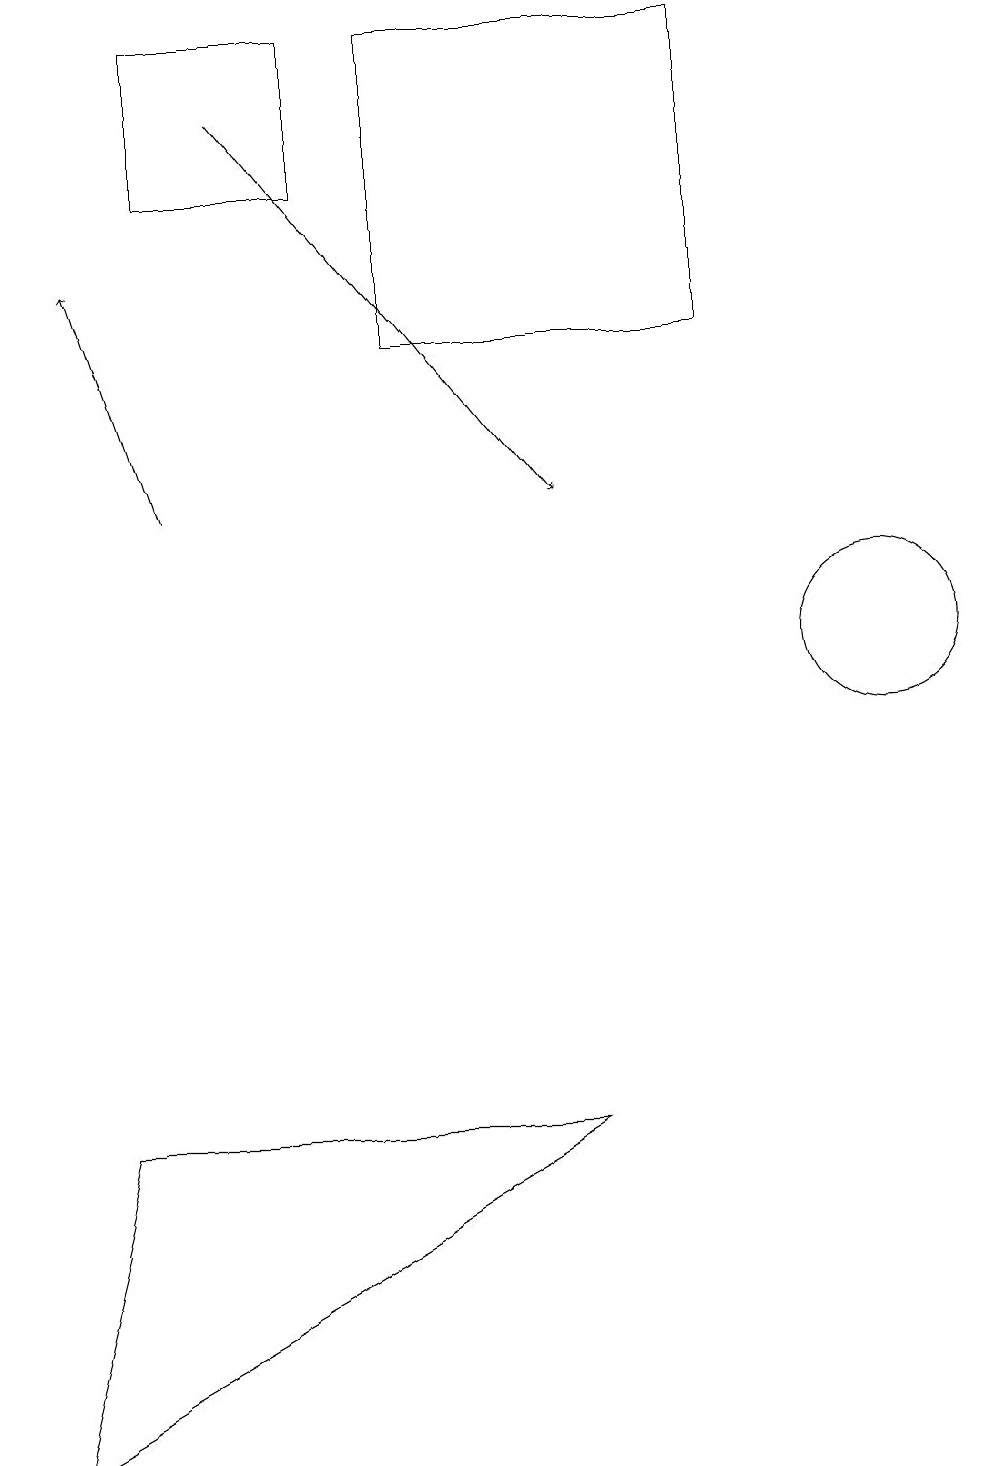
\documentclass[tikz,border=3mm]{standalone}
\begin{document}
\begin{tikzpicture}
\draw (5,14) rectangle (9,18);
\draw (11,10) circle (1);
\draw (10,12) circle (0);
\draw (2,16) rectangle (4,18);
\draw (0,0) -- (7,4) -- (1,4) -- cycle;
\draw[->] (2,12) -- (1,15);
\draw[->] (3,17) -- (7,12);
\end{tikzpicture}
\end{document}